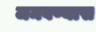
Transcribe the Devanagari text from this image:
जमवण्यास